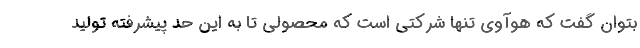
بتوان گفت که هوآوی تنها شرکتی است که محصولی تا به این حد پیشرفته تولید